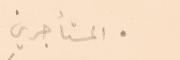
● المستأجرين